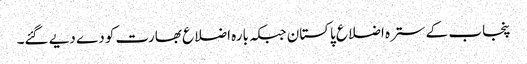
پنجاب کے سترہ اضلاع پاکستان جبکہ بارہ اضلاع بھارت کو دے دیے گئے۔